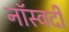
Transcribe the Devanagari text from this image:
नॉस्वर्दी